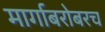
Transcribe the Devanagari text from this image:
मार्गाबरोबरच